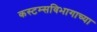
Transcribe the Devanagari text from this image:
कस्टम्सविभागाच्या